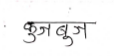
मजकूर: कुजबुज